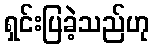
ရှင်းပြခဲ့သည်ဟု